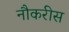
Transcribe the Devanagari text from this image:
नौकरीस